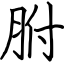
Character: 胕